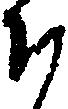
そ